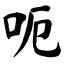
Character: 呃